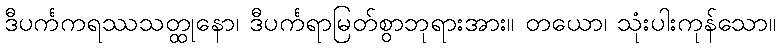
ဒီပင်္ကကရဿသတ္ထုနော၊ ဒီပင်္ကရာမြတ်စွာဘုရားအား။ တယော၊ သုံးပါးကုန်သော။